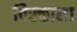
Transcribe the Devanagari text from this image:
विरक्ताला